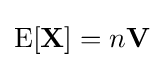
\operatorname {E} [\mathbf {\mathbf {X} } ]=n{\mathbf {V} }